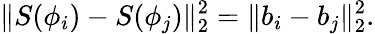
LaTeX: \lVert S(\phi_{i})-S(\phi_{j})\rVert_{2}^{2}=\lVert b_{i}-b_{j}\rVert_{2}^{2}.